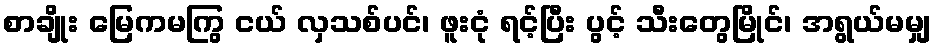
စာချိုး မြေကမကြွ ငယ် လှသစ်ပင်၊ ဖူးငုံ ရင့်ပြီး ပွင့် သီးတွေမြိုင်၊ အရွယ်မမျှ